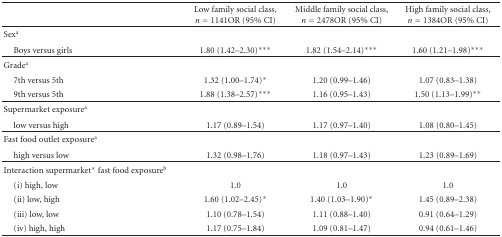
<table><thead><tr><td><b> </b></td><td><b>Low family social class, <i>n</i> = 1141OR (95% CI)</b></td><td><b>Middle family social class, <i>n</i> = 2478OR (95% CI)</b></td><td><b>High family social class, <i>n</i> = 1384OR (95% CI)</b></td></tr></thead><tbody><tr><td>Sex<sup>a</sup></td><td> </td><td> </td><td> </td></tr><tr><td> Boys versus girls</td><td>1.80 (1.42–2.30)***</td><td>1.82 (1.54–2.14)***</td><td>1.60 (1.21–1.98)***</td></tr><tr><td>Grade<sup>a</sup></td><td> </td><td> </td><td> </td></tr><tr><td> 7th versus 5th </td><td>1.32 (1.00–1.74)*</td><td>1.20 (0.99–1.46) </td><td>1.07 (0.83–1.38) </td></tr><tr><td> 9th versus 5th </td><td>1.88 (1.38–2.57)***</td><td>1.16 (0.95–1.43)</td><td>1.50 (1.13–1.99)**</td></tr><tr><td>Supermarket exposure<sup>a</sup></td><td> </td><td> </td><td> </td></tr><tr><td> low versus high</td><td>1.17 (0.89–1.54)</td><td>1.17 (0.97–1.40)</td><td>1.08 (0.80–1.45)</td></tr><tr><td>Fast food outlet exposure<sup>a</sup></td><td> </td><td> </td><td> </td></tr><tr><td> high versus low</td><td>1.32 (0.98–1.76)</td><td>1.18 (0.97–1.43)</td><td>1.23 (0.89–1.69)</td></tr><tr><td>Interaction supermarket* fast food exposure<sup>b</sup></td><td> </td><td> </td><td> </td></tr><tr><td> (i) high, low </td><td> 1.0 </td><td> 1.0 </td><td> 1.0 </td></tr><tr><td> (ii) low, high </td><td>1.60 (1.02–2.45)*</td><td>1.40 (1.03–1.90)*</td><td>1.45 (0.89–2.38) </td></tr><tr><td> (iii) low, low </td><td>1.10 (0.78–1.54) </td><td>1.11 (0.88–1.40) </td><td>0.91 (0.64–1.29) </td></tr><tr><td> (iv) high, high</td><td>1.17 (0.75–1.84)</td><td>1.09 (0.81–1.47)</td><td>0.94 (0.61–1.46)</td></tr></tbody></table>